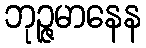
ဘုဉ္ဇမာနေန